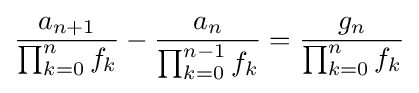
{\frac {a_{n+1}}{\prod _{k=0}^{n}f_{k}}}-{\frac {a_{n}}{\prod _{k=0}^{n-1}f_{k}}}={\frac {g_{n}}{\prod _{k=0}^{n}f_{k}}}